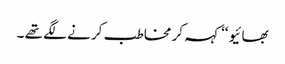
بھائیو ‘‘ کہہ کر مخاطب کر نے لگے تھے ۔